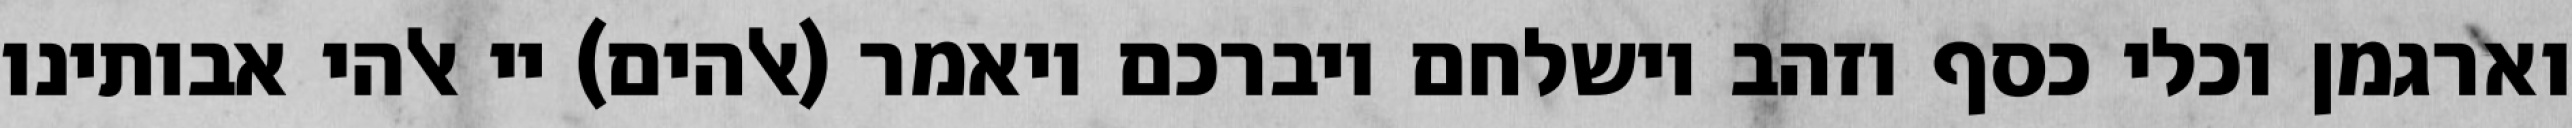
וארגמן וכלי כסף וזהב וישלחם ויברכם ויאמר (אלהים) יי אלהי אבותינו